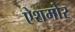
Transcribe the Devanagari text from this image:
ऐशमोर